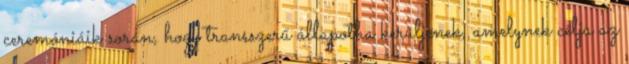
ceremóniáik során, hogy transszerű állapotba kerüljenek, amelynek célja az